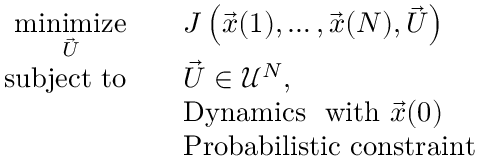
\begin{array} { r l } { \underset { \vec { U } } { \mathrm { m i n i m i z e } } \quad } & { J \left( \vec { \boldsymbol { x } } ( 1 ) , \ldots , \vec { \boldsymbol { x } } ( N ) , \vec { U } \right) } \\ { \mathrm { s u b j e c t \ t o } \quad } & { \vec { U } \in \mathcal { U } ^ { N } , } \\ & { \mathrm { D y n a m i c s ~ } \mathrm { ~ w i t h ~ } \vec { x } ( 0 ) } \\ & { \mathrm { P r o b a b i l i s t i c ~ c o n s t r a i n t ~ } } \end{array}